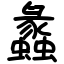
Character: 蠡